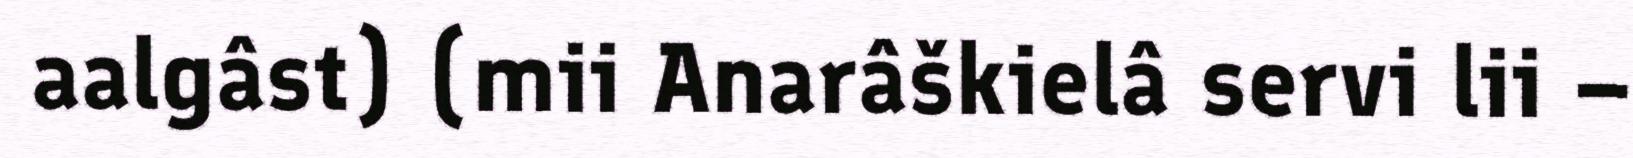
aalgâst) (mii Anarâškielâ servi lii –